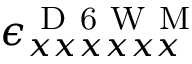
\epsilon _ { x x x x x x } ^ { \mathrm { ~ D ~ 6 ~ W ~ M ~ } }